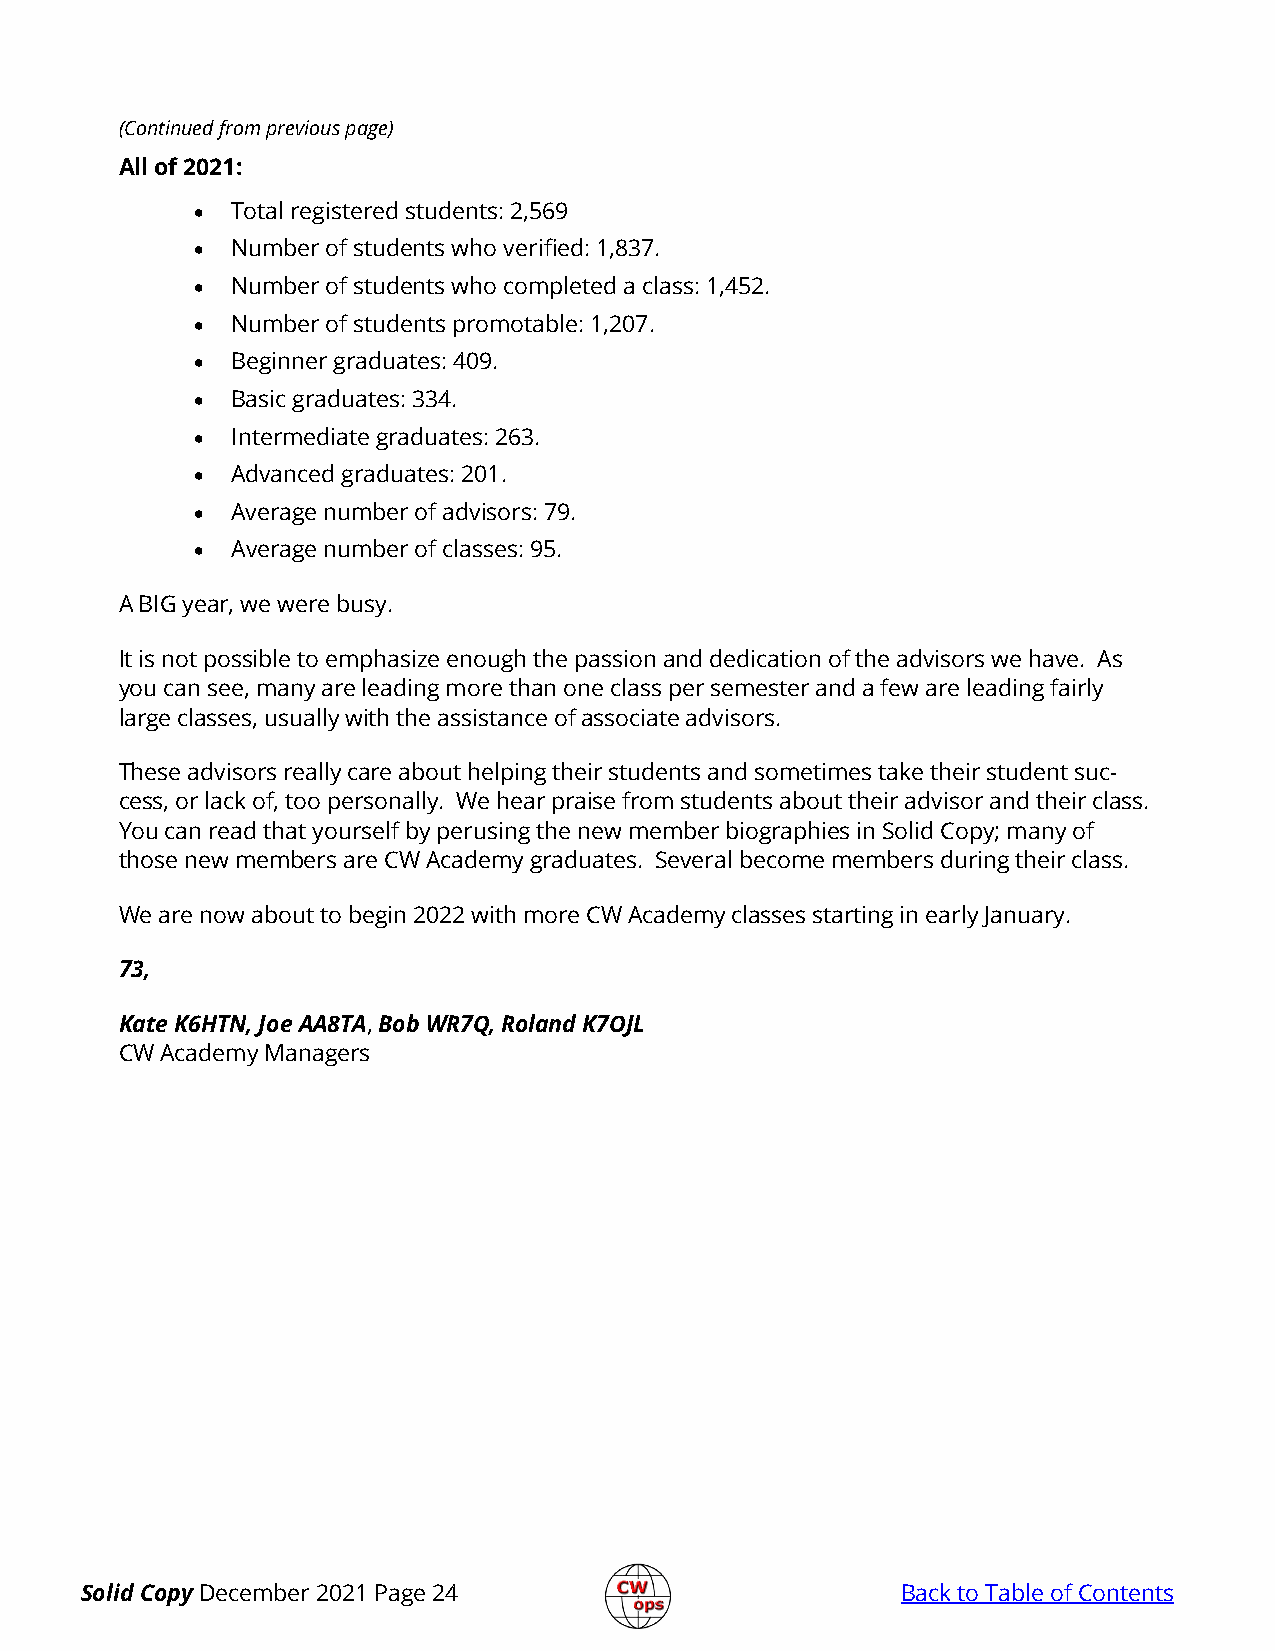
(Continued from previous page)
 All of 2021:
 • Total registered students: 2,569
 • Number of students who verified: 1,837.
 • Number of students who completed a class: 1,452.
 • Number of students promotable: 1,207.
 • Beginner graduates: 409.
 • Basic graduates: 334.
 • Intermediate graduates: 263.
 • Advanced graduates: 201.
 • Average number of advisors: 79.
 • Average number of classes: 95.
 A BIG year, we were busy.
 It is not possible to emphasize enough the passion and dedication of the advisors we have. As
 you can see, many are leading more than one class per semester and a few are leading fairly
 large classes, usually with the assistance of associate advisors.
 These advisors really care about helping their students and sometimes take their student suc-
 cess, or lack of, too personally. We hear praise from students about their advisor and their class.
 You can read that yourself by perusing the new member biographies in Solid Copy; many of
 those new members are CW Academy graduates. Several become members during their class.
 We are now about to begin 2022 with more CW Academy classes starting in early January.
 73,
 Kate K6HTN, Joe AA8TA, Bob WR7Q, Roland K7OJL
 CW Academy Managers
 Solid Copy December 2021 Page 24                       Back to Table of Contents